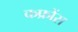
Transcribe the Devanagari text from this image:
कफ्रोंस